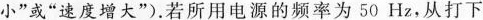
小”或”速度增大”)。若所用电源的频率为50Hz，从打下